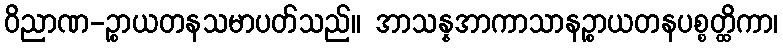
ဝိညာဏ-ဉ္စာယတနသမာပတ်သည်။ အာသန္နအာကာသာနဉ္စာယတနပစ္စတ္ထိကာ၊